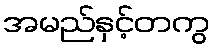
အမည်နှင့်တကွ